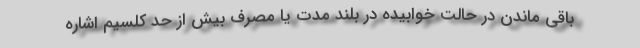
باقی ماندن در حالت خوابیده در بلند مدت یا مصرف بیش از حد کلسیم اشاره